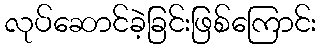
လုပ်ဆောင်ခဲ့ခြင်းဖြစ်ကြောင်း